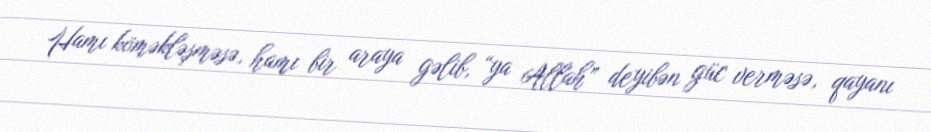
Hamı köməkləşməsə, hamı bir araya gəlib, “ya Allah” deyibən güc verməsə, qayanı